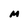
Character: M